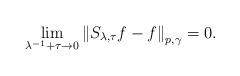
LaTeX: \begin{align*}\lim_{\lambda ^{-1}+\tau \rightarrow 0}\left\Vert S_{\lambda ,\tau}f-f\right\Vert _{p,\gamma }=0. \end{align*}